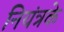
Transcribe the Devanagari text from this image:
नियंत्रके